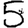
Digit: 5